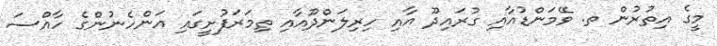
މީގެ އިތުރުން ތ. ވޭމަންޑުއާއި ގުރައިދޫ އާއި ހިރިލަންދޫއާއި ތިމަރަފުށީގައި އަންހެނުންގެ ހާއްސަ